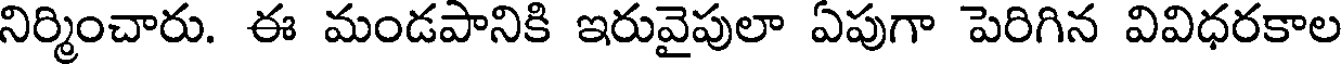
నిర్మించారు. ఈ మండపానికి ఇరువైపులా ఏపుగా పెరిగిన వివిధరకాల